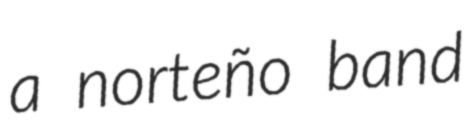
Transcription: a norteño band